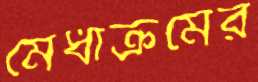
মেধাক্রমের